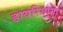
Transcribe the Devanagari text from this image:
डायरियाया